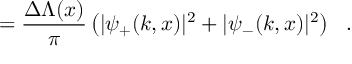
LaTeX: = \frac { \Delta \Lambda ( x ) } { \pi } \left( | \psi _ { + } ( k , x ) | ^ { 2 } + | \psi _ { - } ( k , x ) | ^ { 2 } \right) \ \ .